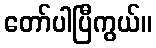
တော်ပါပြီကွယ်။